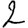
Digit: 2